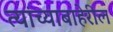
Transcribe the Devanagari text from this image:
त्यांच्याबाहेरील